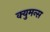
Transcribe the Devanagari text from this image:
क्युमन्स